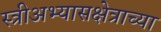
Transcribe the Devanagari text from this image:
स्त्रीअभ्यासक्षेत्राच्या